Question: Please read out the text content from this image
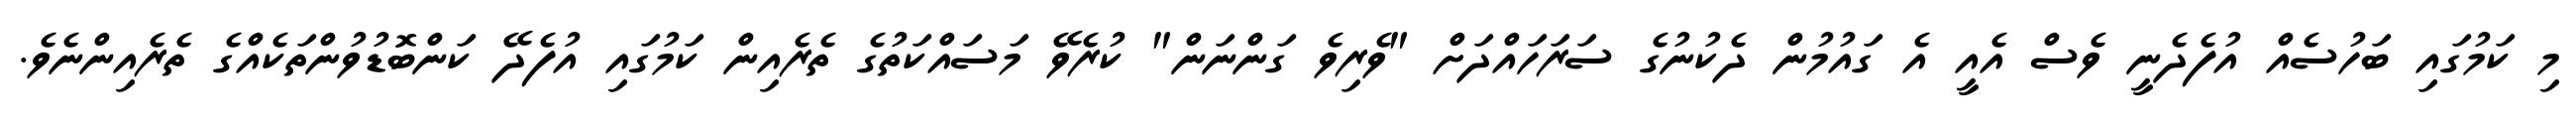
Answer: މި ކަމުގައި ބަހުސެއް އުފެދެނީ ވެސް އެއީ އެ ގައުމުން ދެކުނުގެ ސަރަހައްދަށް "ވެރިވެ ގަންނަން" ކުރެވޭ މަސައްކަތުގެ ތެރެއިން ކަމުގައި އުފެދޭ ކަންބޮޑުވުންތަކެއްގެ ތެރެއިންނެވެ.